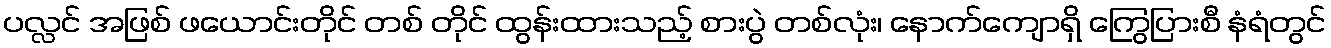
ပလ္လင် အဖြစ် ဖယောင်းတိုင် တစ် တိုင် ထွန်းထားသည့် စားပွဲ တစ်လုံး၊ နောက်ကျောရှိ ကြွေပြားစီ နံရံတွင်